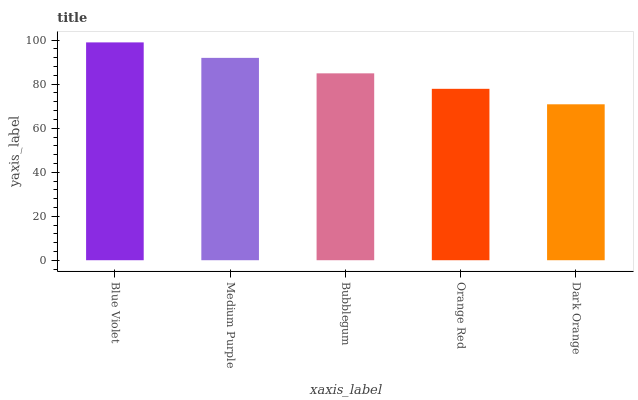
| xaxis_label | bars |
 | --- | --- |
 | Blue Violet | 99 |
 | Medium Purple | 92 |
 | Bubblegum | 84.9 |
 | Orange Red | 77.9 |
 | Dark Orange | 70.9 |